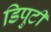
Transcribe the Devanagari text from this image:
डिपुटी